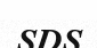
SDS